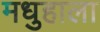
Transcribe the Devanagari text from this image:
मधुहाला